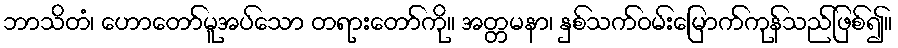
ဘာသိတံ၊ ဟောတော်မူအပ်သော တရားတော်ကို။ အတ္တမနာ၊ နှစ်သက်ဝမ်းမြောက်ကုန်သည်ဖြစ်၍။